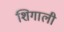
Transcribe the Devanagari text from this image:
शिगाली